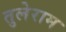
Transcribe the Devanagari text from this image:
तुलेराम